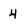
Character: 4